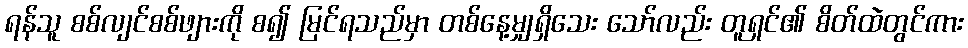
ရန်သူ စစ်လျင်စစ်ဖျားကို စ၍ မြင်ရသည်မှာ တစ်နေ့မျှရှိသေး သော်လည်း တူရှင်၏ စိတ်ထဲတွင်ကား